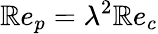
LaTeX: \mathbb{R}e_{p}=\lambda^{2}\mathbb{R}e_{c}